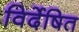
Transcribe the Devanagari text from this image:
विर्देषित